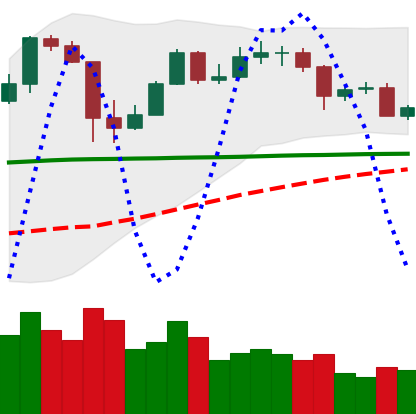
Ticker: BTC-USD
Chart end date: 2020-05-25
Forward return: 8.909%
Label: up_7plus